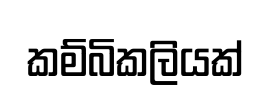
කම්බිකලියක්